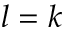
l = k